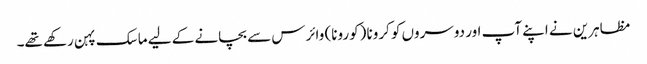
مظاہرین نے اپنے آپ اور دوسروں کو کرونا (کورونا) وائرس سے بچانے کے لیے ماسک پہن رکھے تھے۔